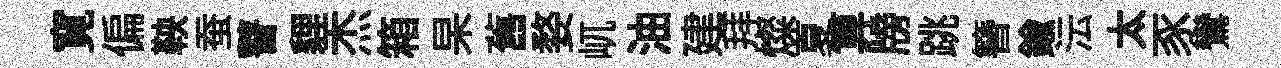
寛偏鞅蚕瞽貍杰箱杲舊婺屼油建拜燦夏算牓跳簪鍮沄太豕鸞